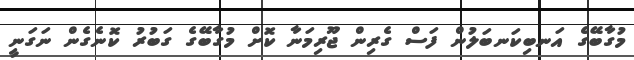
މުގާބޭގެ އަނބިކަނބަލުން ފަސް ގެރިން ޖޫރިމަނާ ކޮށް މުގާބޭގެ ގަބުރު ކޮނެގެން ނަގަނީ